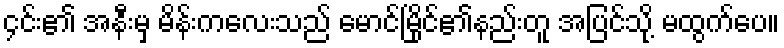
၄င်း၏ အနီးမှ မိန်းကလေးသည် မောင်မြိုင်၏နည်းတူ အပြင်သို့ မထွက်ပေ။